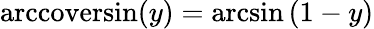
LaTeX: \operatorname{arccoversin}(y)=\arcsin\left(1-y\right)